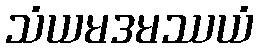
သံယမဒမဿယံ